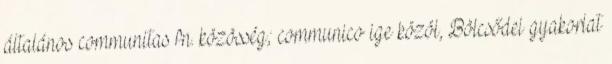
általános communitas fn. közösség; communico ige közöl, Bölcsődei gyakorlat